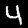
Label: 4